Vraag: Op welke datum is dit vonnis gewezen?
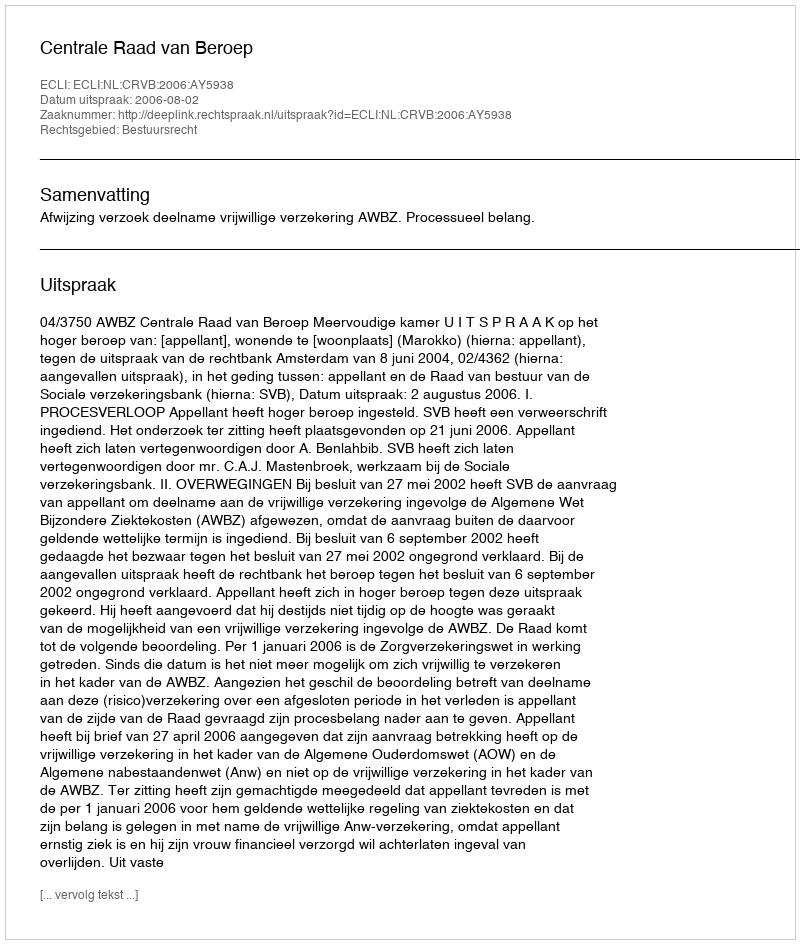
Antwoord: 2006-08-02